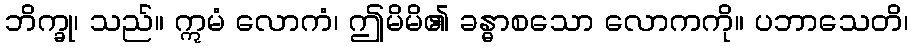
ဘိက္ခု၊ သည်။ ဣမံ လောကံ၊ ဤမိမိ၏ ခန္ဓာစသော လောကကို။ ပဘာသေတိ၊